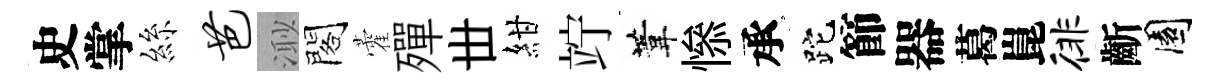
史掌絲芭𣺌閣藿殫丗紺竚葦𢡖承跎節器葛崑徘齗園